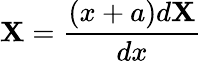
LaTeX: \mathbf{X}={\frac{{(x+a)d\mathbf{X}}}{{dx}}}